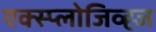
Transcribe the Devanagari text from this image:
एक्स्प्लोजिव्ह्ज